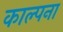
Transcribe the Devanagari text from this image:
काल्पना